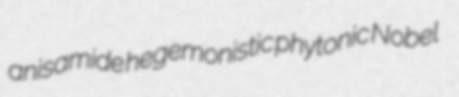
anisamide hegemonistic phytonic Nobel